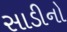
સાડીનો